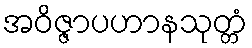
အဝိဇ္ဇာပဟာနသုတ္တံ